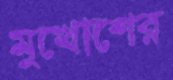
মুখোশের